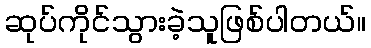
ဆုပ်ကိုင်သွားခဲ့သူဖြစ်ပါတယ်။